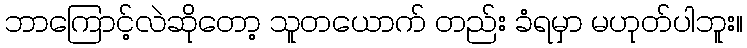
ဘာကြောင့်လဲဆိုတော့ သူတယောက် တည်း ခံရမှာ မဟုတ်ပါဘူး။